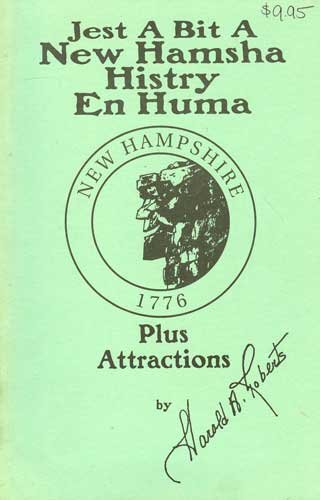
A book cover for Jest a bit a New Hamsha histry en huma plus attractions; Harold A Roberts; Travel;